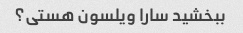
ببخشید سارا ویلسون هستی؟